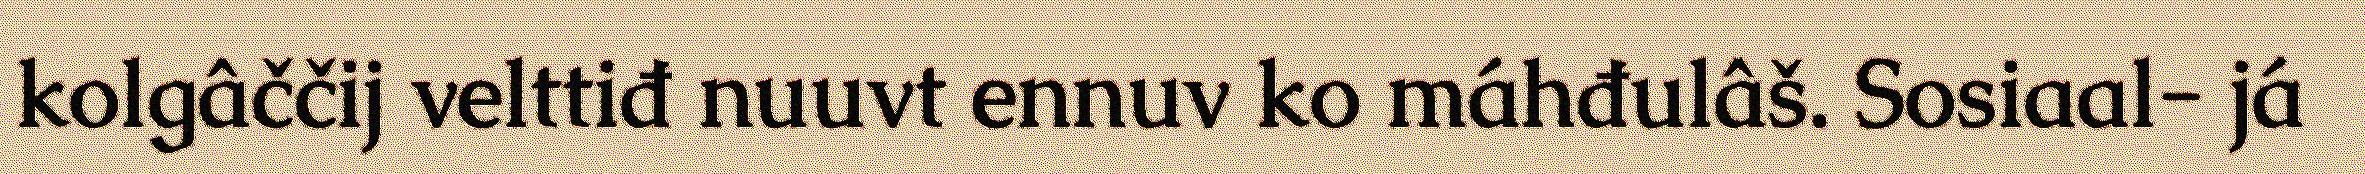
kolgâččij velttiđ nuuvt ennuv ko máhđulâš. Sosiaal- já